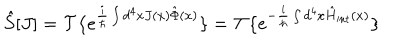
\hat { S } [ J ] = { \cal T } \{ e ^ { \frac { i } { \hbar } \int d ^ { 4 } x J ( x ) \hat { \Phi } ( x ) } \} = { \cal T } \{ e ^ { - \frac { i } { \hbar } \int d ^ { 4 } x \hat { H } _ { \mathrm { i n t } } ( x ) } \}